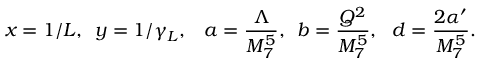
x = 1 / L , \, \, \, y = 1 / \gamma _ { L } , \, \, \, \ a = \frac { \Lambda } { M _ { 7 } ^ { 5 } } , \, \, \, b = \frac { Q ^ { 2 } } { M _ { 7 } ^ { 5 } } , \, \, \, \, d = \frac { 2 \alpha ^ { \prime } } { M _ { 7 } ^ { 5 } } .